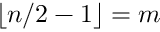
\lfloor n / 2 - 1 \rfloor = m